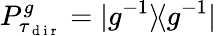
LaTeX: P_{\tau_{\mathrm{~d~i~r~}}}^{g}=|g^{-1}\rangle\! \langle g^{-1}|